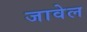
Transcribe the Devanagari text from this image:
जावेल